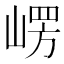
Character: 𭖴